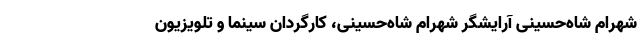
شهرام شاه‌حسینی آرایشگر شهرام شاه‌حسینی، کارگردان سینما و تلویزیون